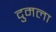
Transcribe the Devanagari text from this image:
दुमला